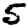
Digit: 5